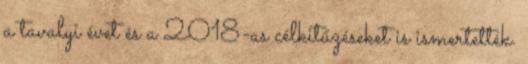
a tavalyi évet és a 2018-as célkitűzéseket is ismertették.